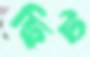
ছিট